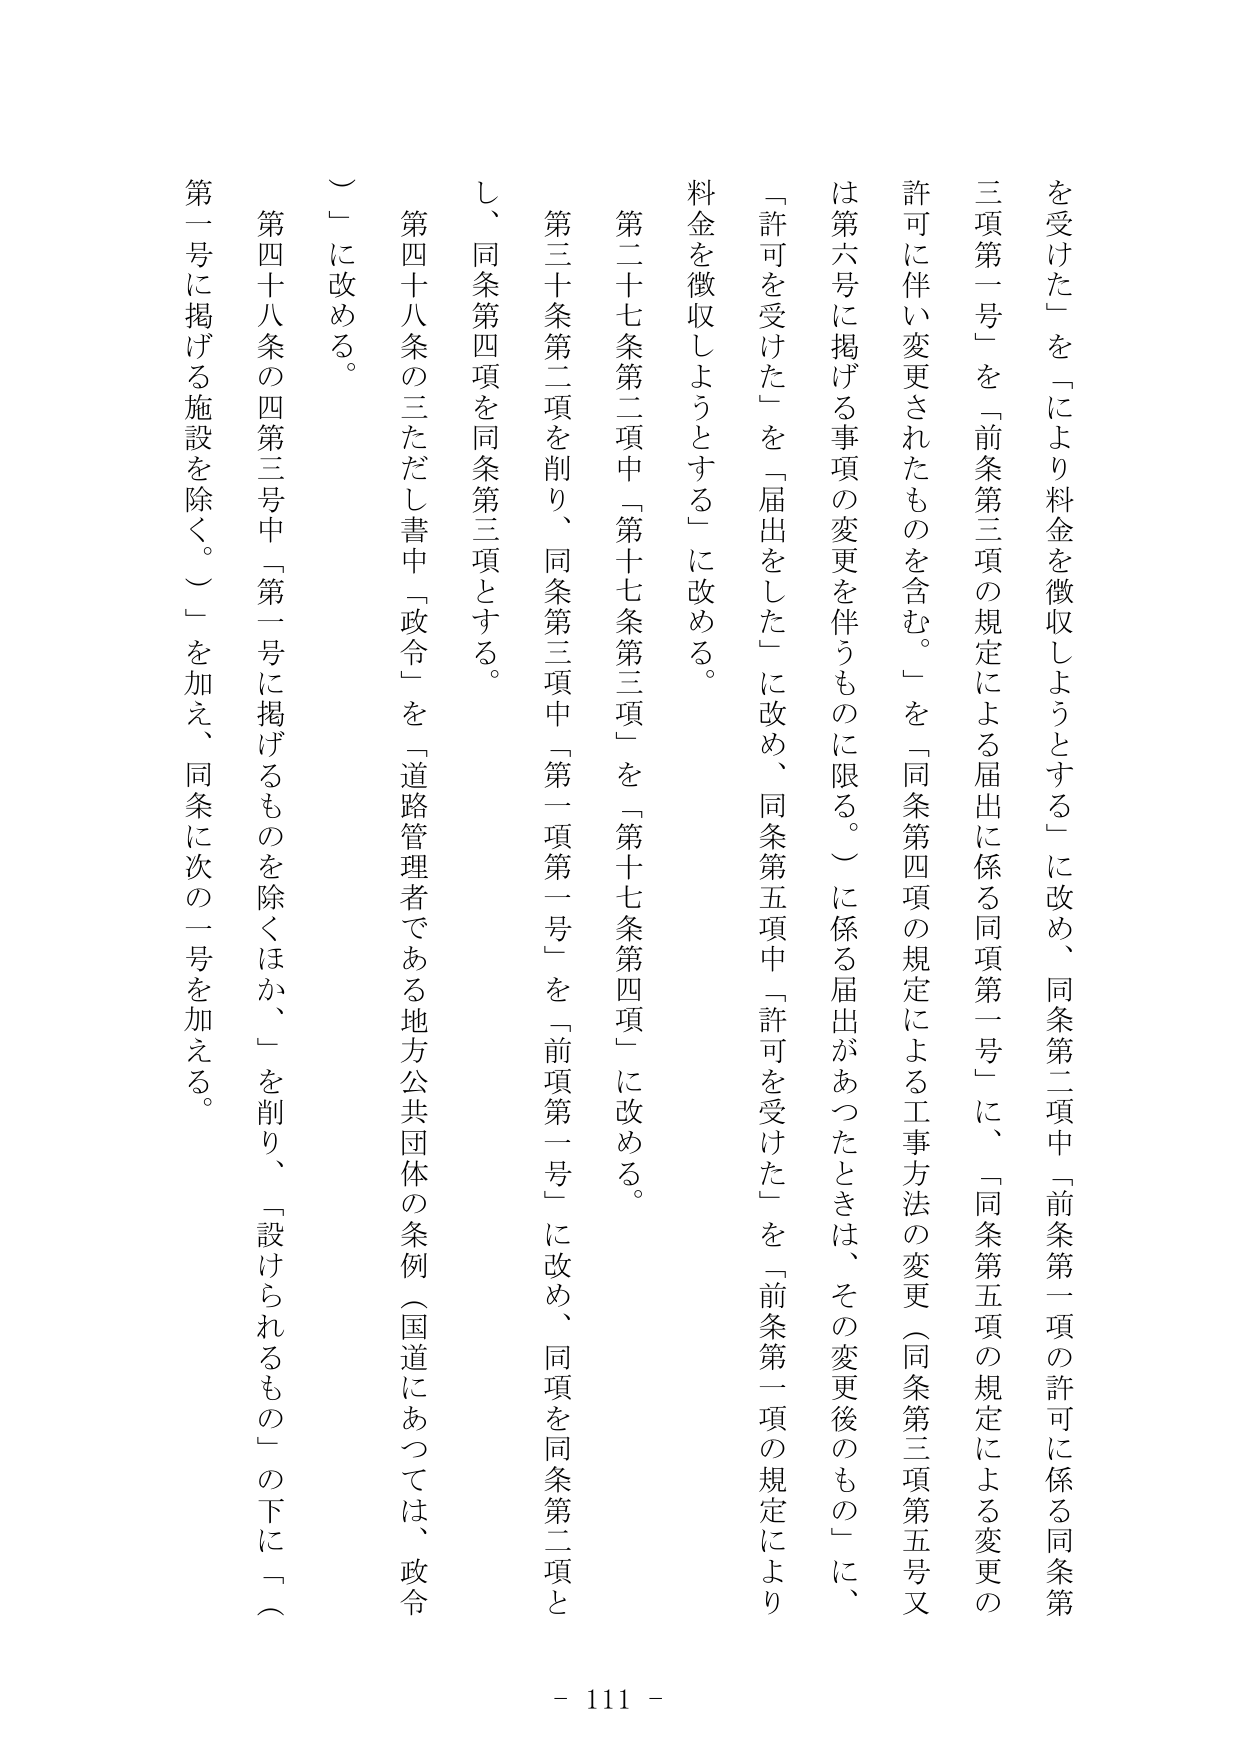
を受けた」を「により料金を徴収しようとする」に改め、同条第二項中「前条第一項の許可に係る同条第三項第一号」を「前条第三項の規定による届出に係る同項第一号」に、「同条第五項の規定による変更の許可に伴い変更されたものを含む。」を「同条第四項の規定による工事方法の変更（同条第三項第五号又は第六号に掲げる事項の変更を伴うものに限る。）に係る届出があったときは、その変更後のもの」に、「許可を受けた」を「届出をした」に改め、同条第五項中「許可を受けた」を「前条第一項の規定により料金を徴収しようとする」に改める。

第二十七条第二項中「第十七条第三項」を「第十七条第四項」に改める。

第三十条第二項を削り、同条第三項中「第一項第一号」を「前項第一号」に改め、同項を同条第二項とし、同条第四項を同条第三項とする。

第四十八条の三ただし書中「政令」を「道路管理者である地方公共団体の条例（国道にあっては、政令）」に改める。

第四十八条の四第三号中「第一号に掲げるものを除くほか、」を削り、「設けられるもの」の下に「（第一号に掲げる施設を除く。）」を加え、同条に次の一号を加える。

- 111 -